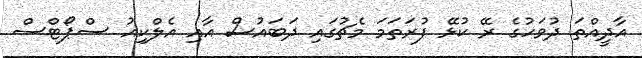
އާދީއްތަ ދުވަހުގެ ރޭ ކުޅޭ ފުރަތަމަ މެޗުގައި ދަބައުސް އާއި އެލްކިއު ސްޕޯޓްސް